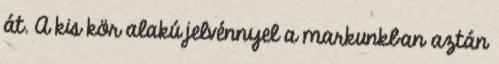
át. A kis kör alakú jelvénnyel a markunkban aztán